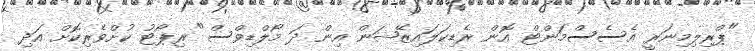
"ޕްރިލިމިނަރީ އެސެސްމަންޓް އޮން ރެޑިކަލައިޒޭޝަން އިން ދަ މޯލްޑިވްސް" ރިޕޯޓު ކުށްވެރިކޮށް އަދި